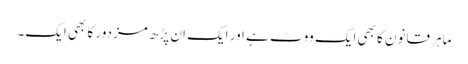
ماہر قانون کا بھی ایک ووٹ ہے اور ایک ان پڑھ مزدور کا بھی ایک۔